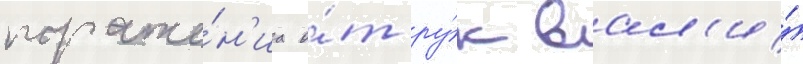
пораже́н'иа о́т ру́к вал'и́